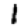
Digit: 1